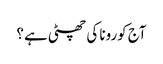
آج کورونا کی چھٹی ہے ؟